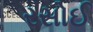
રસોઈ